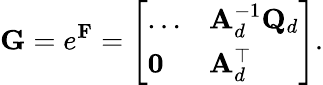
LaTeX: \mathbf{G}=e^{\mathbf{F}}={\left[\begin{array}{ll}{\dots}&{\mathbf{A}_{d}^{-1}\mathbf{Q}_{d}}\\ {\mathbf{0}}&{\mathbf{A}_{d}^{\top}}\end{array}\right]}.